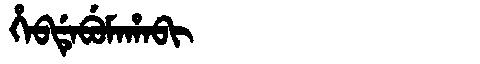
Manchu: ᡥᡝᠪᡩᡝᠪᡠᠮᠠᡥᠠᠪᡳ
Romanization: HEBDEBUMAHABI